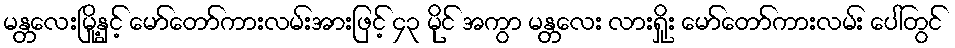
မန္တလေးမြို့နှင့် မော်တော်ကားလမ်းအားဖြင့် ၄၃ မိုင် အကွာ မန္တလေး လားရှိုး မော်တော်ကားလမ်း ပေါ်တွင်